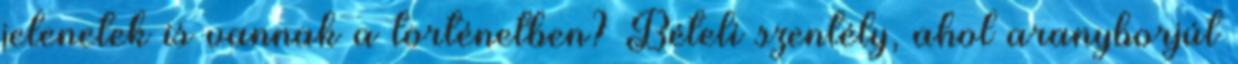
jelenetek is vannak a történetben? Bételi szentély, ahol aranyborjút